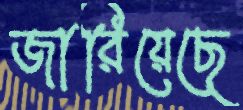
জারিয়েছে